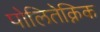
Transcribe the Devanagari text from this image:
पोलितेक्निक